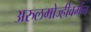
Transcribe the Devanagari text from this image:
अरुलमोज्हीवर्मन